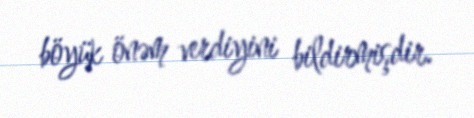
böyük önəm verdiyini bildirmişdir.